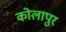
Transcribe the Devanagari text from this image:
कोलापुर